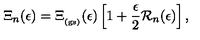
\Xi _ { n } ( \epsilon ) = \Xi _ { _ \mathrm { ( g s ) } } ( \epsilon ) \left[ 1 + \frac { \epsilon } { 2 } { \mathcal R } _ { n } ( \epsilon ) \right] ,